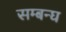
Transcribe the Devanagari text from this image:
सम्बन्घ